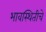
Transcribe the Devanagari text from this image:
भावस्थितीचे